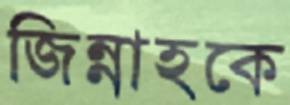
জিন্নাহকে